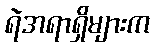
ရဲအရာရှိများက